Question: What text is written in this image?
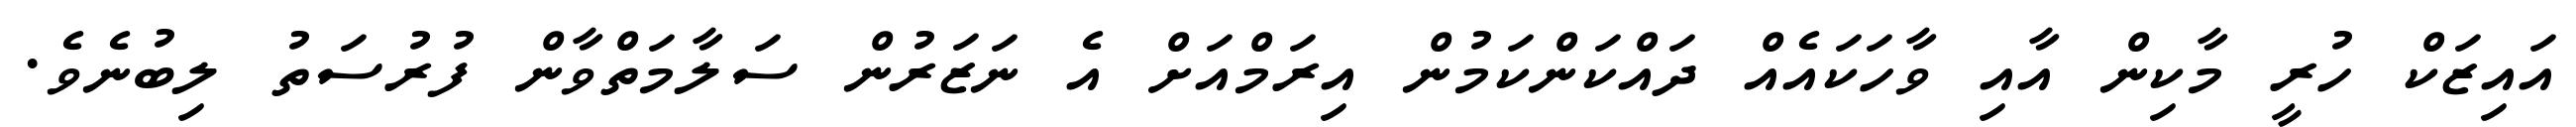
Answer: އައިޒަކް ހުރީ މާކިން އާއި ވާހަކައެއް ދައްކަންކަމުން އިރަމްއަށް އެ ނަޒަރުން ސަލާމަތްވާން ފުރުސަތު ލިބުނެވެ.